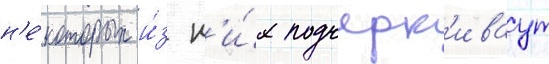
н'е́которых и́з н'и́х подчерк'иваут